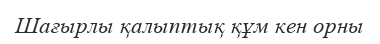
Шағырлы қалыптық құм кен орны